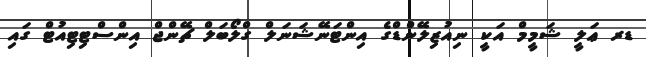
ޑރ ޢަލީ ޝަމީމް އަކީ ނިއުޒިލޭންޑްގެ އިންޓަނޭޝަނަލް ގްލޯބަލް ޗޭންޖް އިންސްޓިޓިއުޓް ގައި